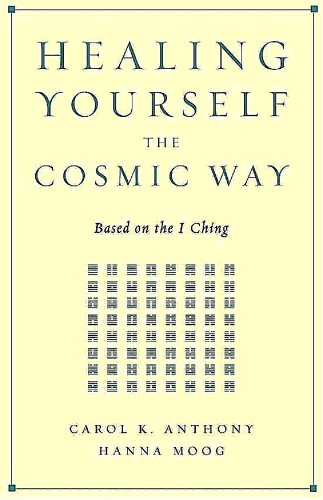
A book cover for Healing Yourself the Cosmic Way; Carol K. Anthony; Religion & Spirituality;